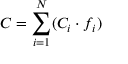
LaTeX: C = \sum _ { i = 1 } ^ { N } ( C _ { i } \cdot f _ { i } )